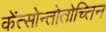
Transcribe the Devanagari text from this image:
केंत्सोन्तोतोच्तिन